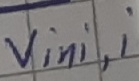
Text: Vini,i